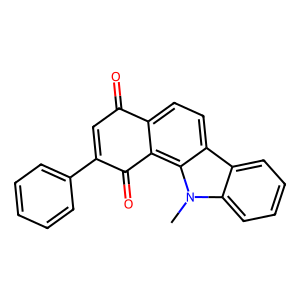
SMILES: Cn1c2ccccc2c2ccc3c(c21)C(=O)C(c1ccccc1)=CC3=O
Inhibits HIV replication: No